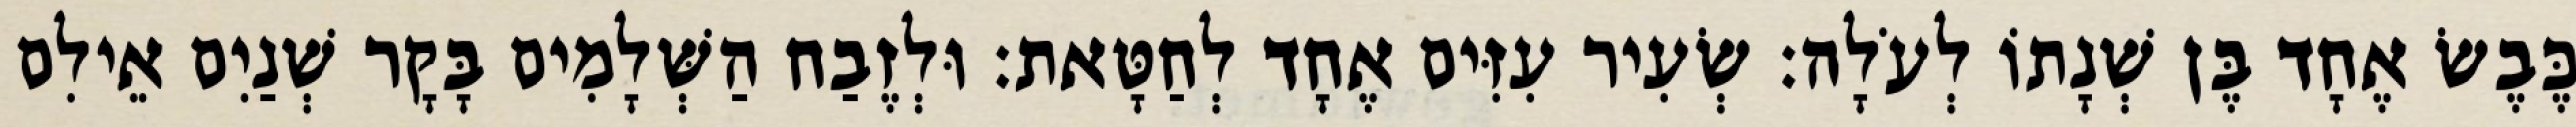
כֶּבֶשׂ אֶחָד בֶּן שְׁנָתוֹ לְעֹלָה׃ שְׂעִיר עִזִּים אֶחָד לְחַטָּאת׃ וּלְזֶבַח הַשְּׁלָמִים בָּקָר שְׁנַיִם אֵילִם